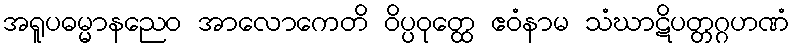
အရူပဓမ္မာနညေဝ အာလောကေတိ ဝိပ္ပဝုတ္ထေ ဧဝံနာမ သံဃာဋိပတ္တဂ္ဂဟဏံ